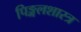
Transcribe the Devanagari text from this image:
पिङ्गलशास्त्र